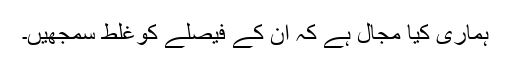
ہماری کیا مجال ہے کہ ان کے فیصلے کوغلط سمجھیں۔